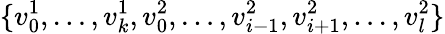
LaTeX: \{ v_{0}^{1},\ldots,v_{k}^{1},v_{0}^{2},\ldots,v_{i-1}^{2},v_{i+1}^{2},\ldots,v_{l}^{2}\}